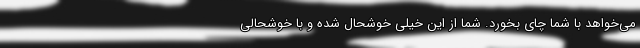
می‌خواهد با شما چای بخورد. شما از این خیلی خوشحال شده و با خوشحالی